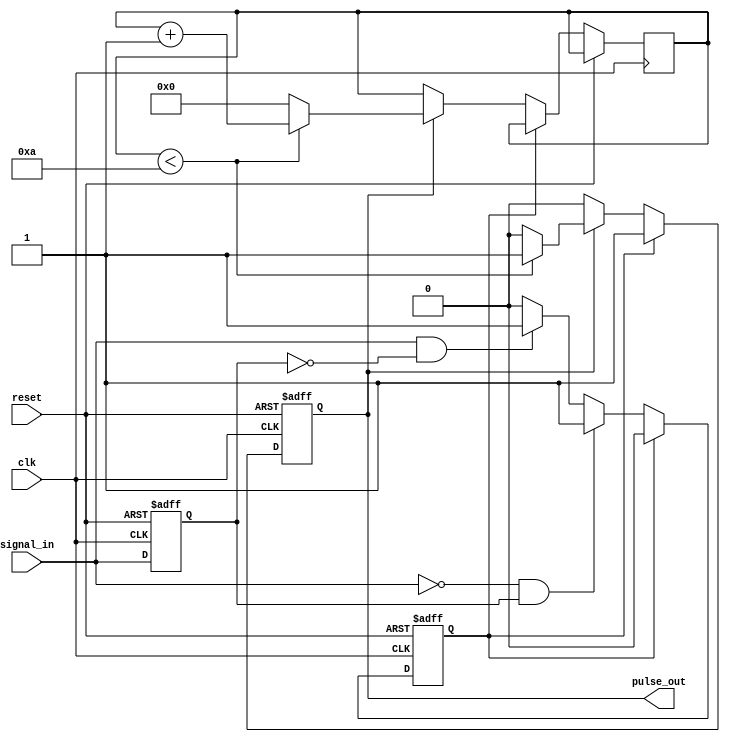
module monostable_edge_detector (
    input wire clk,            // Clock input
    input wire reset,          // Reset input
    input wire signal_in,      // Input signal to detect edges
    output reg pulse_out       // Output pulse
);

    reg signal_prev;           // Previous state of the input signal
    reg pulse_active;          // Indicates if the pulse is currently active
    parameter PULSE_WIDTH = 10; // Pulse width in clock cycles

    // Edge detection and pulse generation
    always @(posedge clk or posedge reset) begin
        if (reset) begin
            signal_prev <= 1'b0; // Initialize previous signal state to low
            pulse_out <= 1'b0;    // Initialize output pulse to low
            pulse_active <= 1'b0;  // Initialize pulse active flag
        end else begin
            // Detect rising edge
            if ((signal_in == 1'b1) && (signal_prev == 1'b0)) begin
                pulse_active <= 1'b1; // Set pulse active on rising edge
            end

            // Detect falling edge
            if ((signal_in == 1'b0) && (signal_prev == 1'b1)) begin
                pulse_active <= 1'b1; // Set pulse active on falling edge
            end

            // Update previous signal state
            signal_prev <= signal_in;

            // Generate pulse output
            if (pulse_active) begin
                pulse_out <= 1'b1; // Activate pulse output
                pulse_active <= 1'b0; // Reset pulse active flag
            end else if (pulse_out) begin
                // Implement pulse width control
                if (pulse_out) begin
                    // Counter for pulse width
                    if (pulse_width_counter < PULSE_WIDTH) begin
                        pulse_width_counter <= pulse_width_counter + 1;
                    end else begin
                        pulse_out <= 1'b0; // Deactivate pulse output after pulse width
                        pulse_width_counter <= 0; // Reset counter
                    end
                end
            end
        end
    end

    // Internal pulse width counter
    reg [3:0] pulse_width_counter; // Adjust size based on PULSE_WIDTH

endmodule